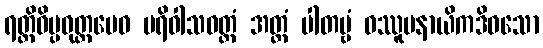
ရတ္တိဝိပ္ပဝုတ္ထမေဝ ပရိဝါသဝတ္တံ အတ္ထံ ပါတဗ္ဗံ ဝဿူပနာယိကဒိဝသော